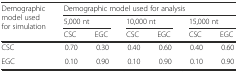
<table><thead><tr><td rowspan="3"><b>Demographic model used for simulation</b></td><td colspan="6"><b>Demographic model used for analysis</b></td></tr><tr><td colspan="2"><b>5,000 nt</b></td><td colspan="2"><b>10,000 nt</b></td><td colspan="2"><b>15,000 nt</b></td></tr><tr><td><b>CSC</b></td><td><b>EGC</b></td><td><b>CSC</b></td><td><b>EGC</b></td><td><b>CSC</b></td><td><b>EGC</b></td></tr></thead><tbody><tr><td>CSC</td><td>0.70</td><td>0.30</td><td>0.40</td><td>0.60</td><td>0.40</td><td>0.60</td></tr><tr><td>EGC</td><td>0.10</td><td>0.90</td><td>0.10</td><td>0.90</td><td>0.10</td><td>0.90</td></tr></tbody></table>